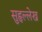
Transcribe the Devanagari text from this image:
सुहृल्लेख